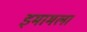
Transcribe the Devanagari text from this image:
इमामला